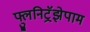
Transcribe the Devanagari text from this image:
फ्लुनिट्रॅझेपाम